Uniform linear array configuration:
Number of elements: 64
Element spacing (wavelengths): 1
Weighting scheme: hamming
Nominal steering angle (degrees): -30
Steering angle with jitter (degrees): -31.746
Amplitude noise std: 0.05
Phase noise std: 0.05

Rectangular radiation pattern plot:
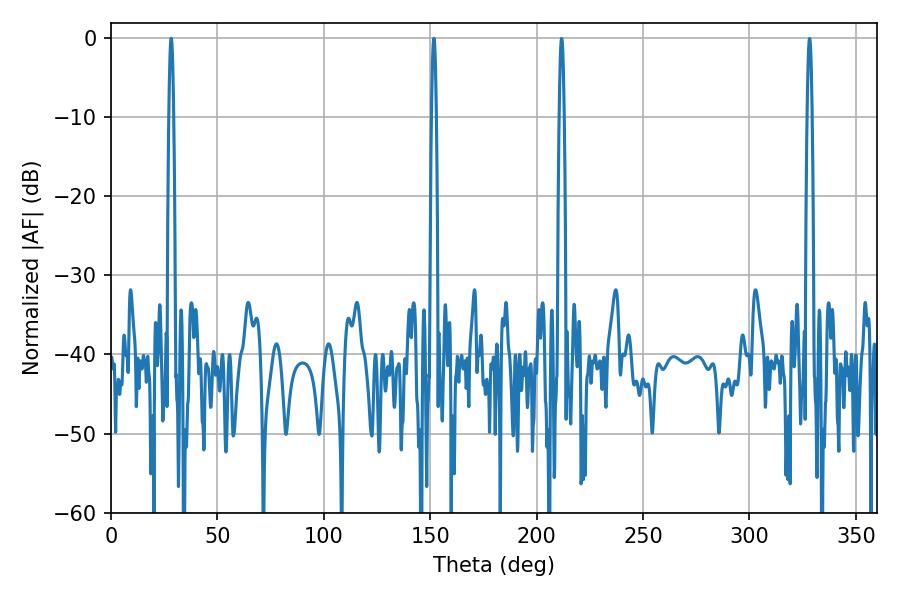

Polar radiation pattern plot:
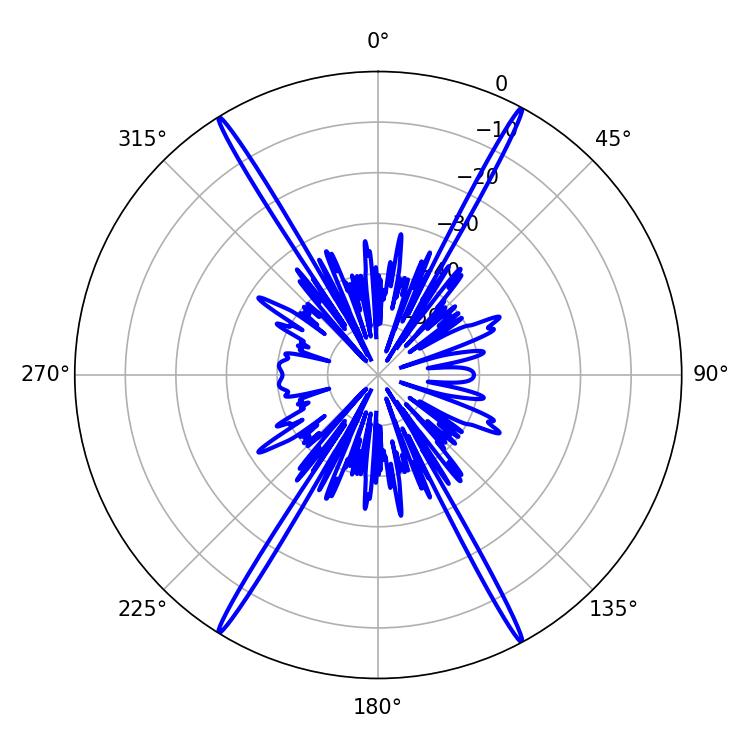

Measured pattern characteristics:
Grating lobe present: TRUE
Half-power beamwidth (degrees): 1.08
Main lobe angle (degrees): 151.74